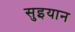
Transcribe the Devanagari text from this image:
सुइयान